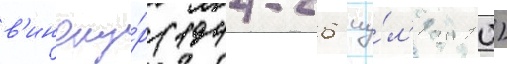
в'иноку́р (1944-26 иу́л'я 2010)